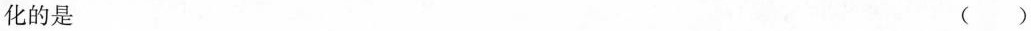
化的是 ( )